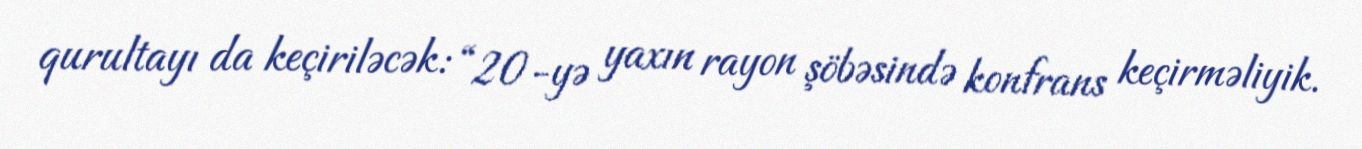
qurultayı da keçiriləcək: “20-yə yaxın rayon şöbəsində konfrans keçirməliyik.